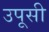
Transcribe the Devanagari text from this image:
उपूसी